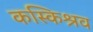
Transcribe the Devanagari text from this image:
कस्किश्रव